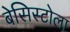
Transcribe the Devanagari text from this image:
बेसिस्टोला